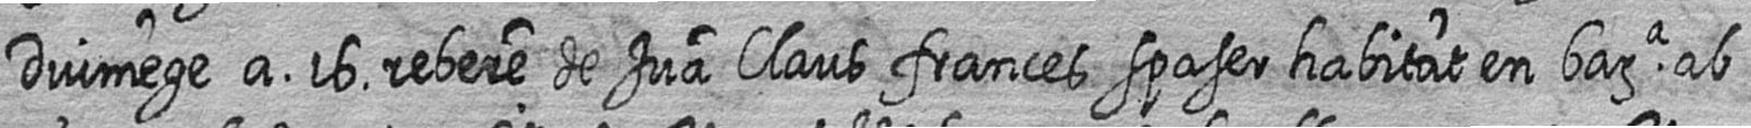
Diumege a 16 rebere de Jua Claus frances spaser habitat en bara ab